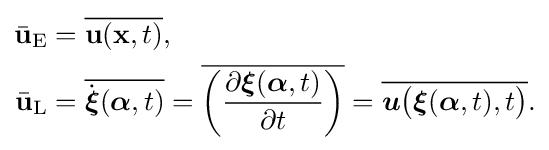
{\begin{aligned}{\bar {\mathbf {u} }}_{\text{E}}&={\overline {\mathbf {u} (\mathbf {x} ,t)}},\\{\bar {\mathbf {u} }}_{\text{L}}&={\overline {{\dot {\boldsymbol {\xi }}}({\boldsymbol {\alpha }},t)}}={\overline {\left({\frac {\partial {\boldsymbol {\xi }}({\boldsymbol {\alpha }},t)}{\partial t}}\right)}}={\overline {{\boldsymbol {u}}{\big (}{\boldsymbol {\xi }}({\boldsymbol {\alpha }},t),t{\big )}}}.\end{aligned}}